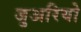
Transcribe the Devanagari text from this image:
जुअरियो